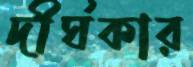
দীর্ঘকার